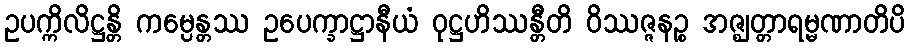
ဥပက္ကိလိဋ္ဌန္တိ ကမ္ပေန္တဿ ဥပေက္ခာဋ္ဌာနီယံ ဝုဋ္ဌဟိဿန္တီတိ ဝိဿဇ္ဇနဉ္စ အဇ္ဈတ္တာရမ္မဏာတိပိ